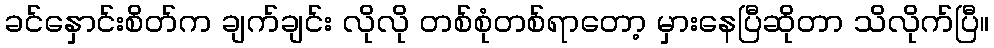
ခင်နှောင်းစိတ်က ချက်ချင်း လိုလို တစ်စုံတစ်ရာတော့ မှားနေပြီဆိုတာ သိလိုက်ပြီ။